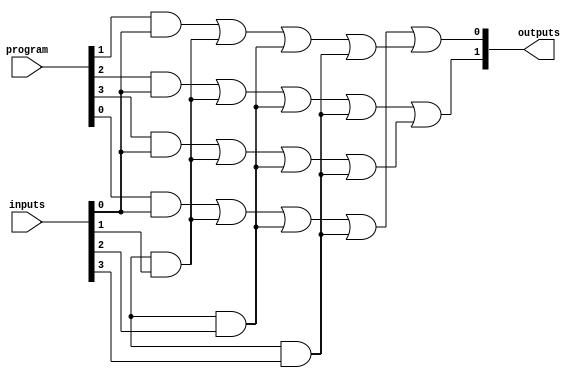
module FusedPAL (
    input  wire [N-1:0] inputs,      // Input lines (N inputs)
    input  wire [M-1:0] program,      // Programming control signals for AND gates
    output wire [P-1:0] outputs       // Output lines (P outputs)
);

// Parameters
parameter N = 4; // Number of input lines
parameter M = 4; // Number of AND gates
parameter P = 2; // Number of OR gates

// Internal signals
wire [M-1:0] and_outputs; // Outputs from the AND gates
wire [P-1:0] or_outputs;   // Outputs from the OR gates

// Programmable AND Array
genvar i;
generate
    for (i = 0; i < M; i = i + 1) begin : and_array
        // Each AND gate can be configured based on the 'program' input
        assign and_outputs[i] = (program[i] & inputs[0]) |
                                 (program[i + M] & inputs[1]) |
                                 (program[i + 2*M] & inputs[2]) |
                                 (program[i + 3*M] & inputs[3]);
    end
endgenerate

// Fixed OR Array
assign or_outputs[0] = and_outputs[0] | and_outputs[1]; // OR gate 1
assign or_outputs[1] = and_outputs[2] | and_outputs[3]; // OR gate 2

// Output assignments
assign outputs = or_outputs;

endmodule